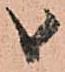
候